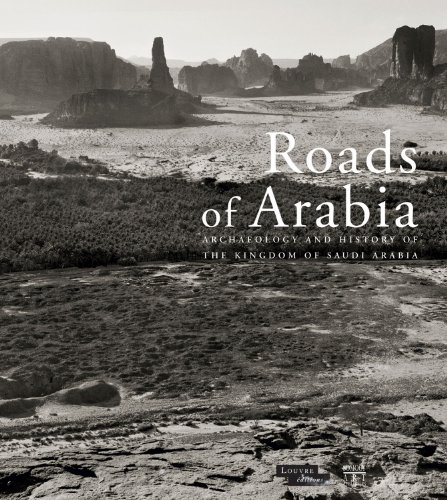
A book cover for Roads of Arabia: Archaeology and History of the Kingdom of Saudi Arabia; Somogy Art Publishers; History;